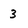
Character: 3